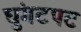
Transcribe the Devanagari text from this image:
घुंगटपट